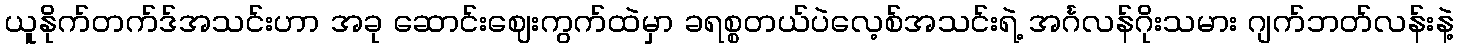
ယူနိုက်တက်ဒ်အသင်းဟာ အခု ဆောင်းဈေးကွက်ထဲမှာ ခရစ္စတယ်ပဲလေ့စ်အသင်းရဲ့ အင်္ဂလန်ဂိုးသမား ဂျက်ဘတ်လန်းနဲ့